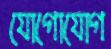
যোগোযোগ